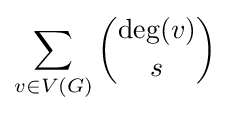
\sum _{v\in V(G)}{\binom {\operatorname {deg} (v)}{s}}